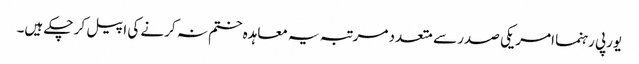
یورپی رہنما امریکی صدر سے متعدد مرتبہ یہ معاہدہ ختم نہ کرنے کی اپیل کر چکے ہیں۔